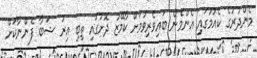
މެންދުރުގެ ކެއުމުގައި އެންމެން ބައިވެރިވުމަށް ކާމޭޒު ދޮށުގައި ތިބި އިރު ޝަބާ ފެންނާކަށް